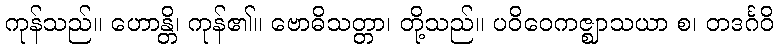
ကုန်သည်။ ဟောန္တိ၊ ကုန်၏။ ဗောဓိသတ္တာ၊ တို့သည်။ ပဝိဝေကဇ္ဈာသယာ စ၊ တဒင်္ဂဝိ